Vaccination in Bombay 1863-1868 - 1863-1868
Year: 1863
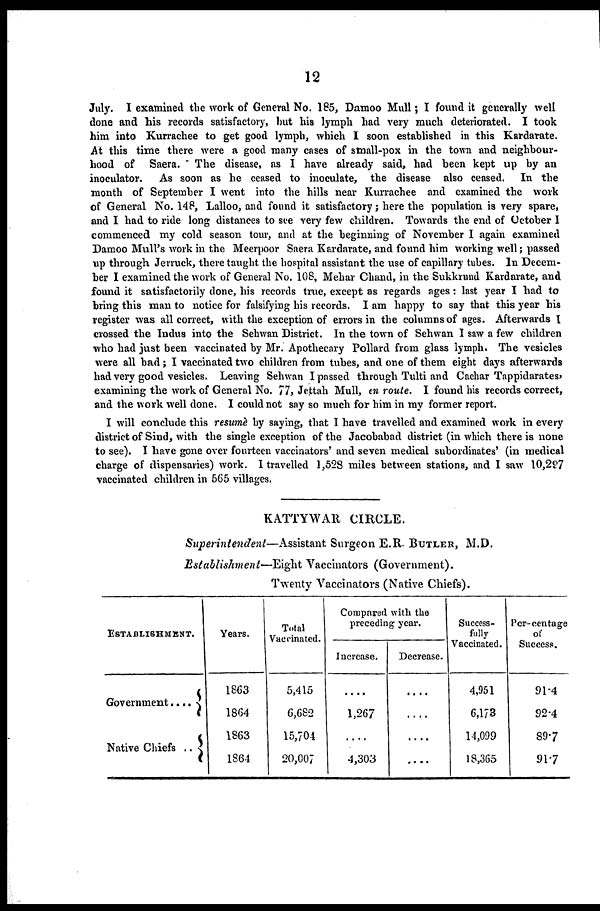
12
July. I examined the work of General No. 185, Damoo Mull; I found it generally well
done and his records satisfactory, but his lymph had very much deteriorated. I took
him into Kurrachee to get good lymph, which I soon established in this Kardarate.
At this time there were a good many cases of small-pox in the town and neighbour-
hood of Saera. The disease, as I have already said, had been kept up by an
inoculator. As soon as he ceased to inoculate, the disease also ceased. In the
month of September I went into the hills near Kurrachee and examined the work
of General No. 148, Lalloo, and found it satisfactory; here the population is very spare,
and I had to ride long distances to see very few children. Towards the end of October I
commenced my cold season tour, and at the beginning of November I again examined
Damoo Mull's work in the Meerpoor Saera Kardarate, and found him working well; passed
up through Jerruck, there taught the hospital assistant the use of capillary tubes. In Decem-
ber I examined the work of General No. 108, Mehar Chand, in the Sukkrund Kardarate, and
found it satisfactorily done, his records true, except as regards ages: last year I had to
bring this man to notice for falsifying his records. I am happy to say that this year his
register was all correct, with the exception of errors in the columns of ages. Afterwards I
crossed the Indus into the Sehwan District. In the town of Sehwan I saw a few children
who had just been vaccinated by Mr. Apothecary Pollard from glass lymph. The vesicles
were all bad; I vaccinated two children from tubes, and one of them eight days afterwards
had very good vesicles. Leaving Sehwan I passed through Tulti and Cachar Tappidarates,
examining the work of General No. 77, Jettah Mull, en route. I found his records correct,
and the work well done. I could not say so much for him in my former report.
I will conclude this resumè by saying, that I have travelled and examined work in every
district of Sind, with the single exception of the Jacobabad district (in which there is none
to see). I have gone over fourteen vaccinators' and seven medical subordinates' (in medical
charge of dispensaries) work. I travelled 1,528 miles between stations, and I saw 10,297
vaccinated children in 565 villages.
KATTYWAR CIRCLE.
Superintendent—Assistant
Surgeon E.R- BUTLER, M.D.
Establishment—Eight Vaccinators (Government).
Twenty Vaccinators (Native Chiefs).
ESTABLISHMENT.
Government....
Native Chiefs ..
Years.
1863
1864
1863
1864
Total
Vaccinated.
5,415
6,682
15,704
20,007
Compared with the
preceding year.
Increase.
....
1,267
....
4,303
Decrease.
....
....
....
....
Success-
fully
Vaccinated.
4,951
6,173
14,099
18,365
Per-centage
of
Success.
91.4
92.4
89.7
91.7